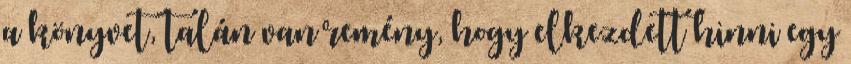
a könyvet, talán van remény, hogy elkezdett hinni egy